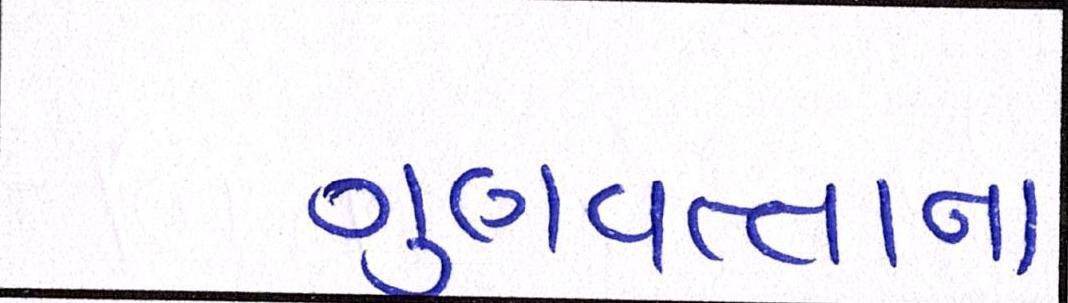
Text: ગુણવત્તાના